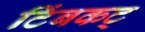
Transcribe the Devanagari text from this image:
टिंबकट्